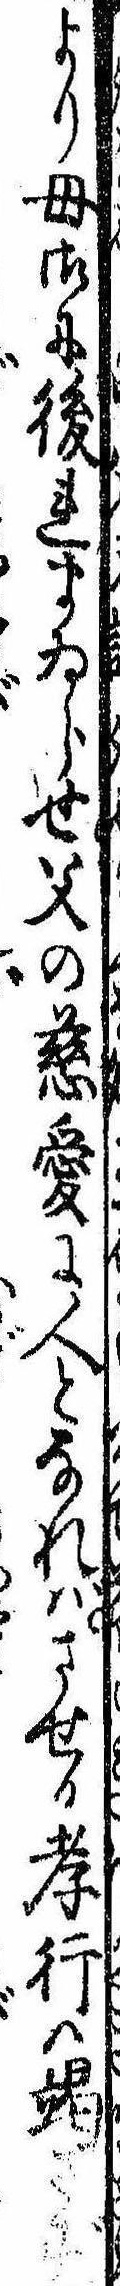
より母御に後れまゐらせ父の慈愛に人となればさせる孝行は竭さず